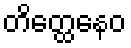
တိတ္ထေနေဝ